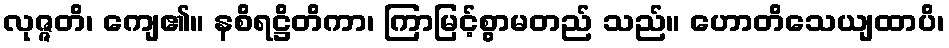
လုဇ္ဇတိ၊ ကျေ၏။ နစိရဋ္ဌိတိကာ၊ ကြာမြင့်စွာမတည် သည်။ ဟောတိသေယျထာပိ၊